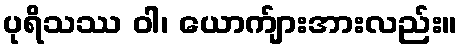
ပုရိသဿ ဝါ၊ ယောက်ျားအားလည်း။